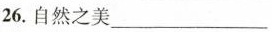
26.自然之美___